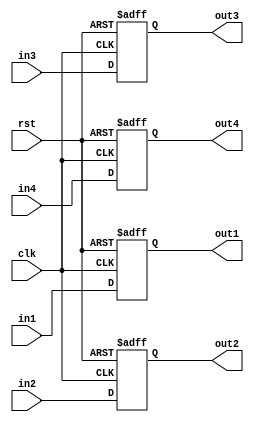
module four_way_bypass_register(
    input [15:0] in1,
    input [15:0] in2,
    input [15:0] in3,
    input [15:0] in4,
    input clk,
    input rst,
    output reg [15:0] out1,
    output reg [15:0] out2,
    output reg [15:0] out3,
    output reg [15:0] out4
);

reg [15:0] reg1, reg2, reg3, reg4;

always @(posedge clk or posedge rst) begin
    if (rst) begin
        reg1 <= 16'b0;
        reg2 <= 16'b0;
        reg3 <= 16'b0;
        reg4 <= 16'b0;
    end else begin
        reg1 <= in1;
        reg2 <= in2;
        reg3 <= in3;
        reg4 <= in4;
    end
end

assign out1 = reg1;
assign out2 = reg2;
assign out3 = reg3;
assign out4 = reg4;

endmodule